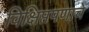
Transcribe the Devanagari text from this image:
विक्षिप्तपणाचे